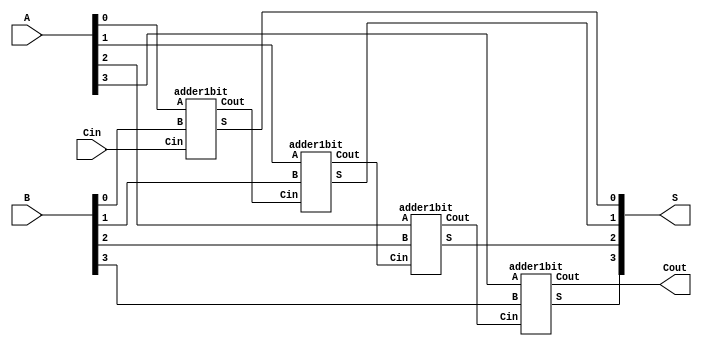
// ECE 2504 - Homework 6
// Problem 3
// Bowei Zhao
// 25 March 2015
// This is a 4 bit rippel adder
// With gates taken from the textbook.


module adder4bit (A,B,Cin, S, Cout);
	input [3:0]A,B; // inputs for the 4 bit adder
	input Cin;
	output [3:0] S;
	output Cout;
	
	wire C1, C2, C3;
	
	// ripple adder is such that it takes in a Cin and A and B initial but then sends it 
	// a left over which in this case will be fed into each other to give an output
	adder1bit inst1(A[0], B[0], Cin, S[0], C1);
	adder1bit inst2(A[1], B[1], C1, S[1], C2);
	adder1bit inst3(A[2], B[2], C2, S[2], C3);
	adder1bit inst4(A[3], B[3], C3, S[3], Cout);
	
endmodule
	
	
module adder1bit (A,B,Cin, S, Cout);

	input A, B;
	input Cin; // carry in
	output S; // output for select line
	output Cout;
	
	wire n1, n2, n3;
	
	// logic gate representation
	and gate1(n1, A,B);
	and gate2(n2,A,Cin);
	and gate3(n3, B, Cin);
	or gate4(Cout, n1, n2, n3);
	xor gate5(S,A,B,Cin);
	
endmodule